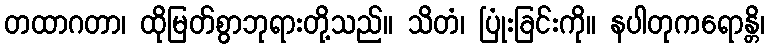
တထာဂတာ၊ ထိုမြတ်စွာဘုရားတို့သည်။ သိတံ၊ ပြုံးခြင်းကို။ နပါတုကရောန္တိ၊